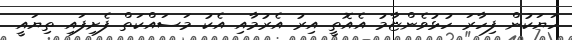
ހަޔަކުން ފިހާރަ ހުޅުވެންޏާމު އެއޮތީ އިރު އެރުމާއި އެކު މަސައްކަތް ފެށިފައި ތިޔައީ